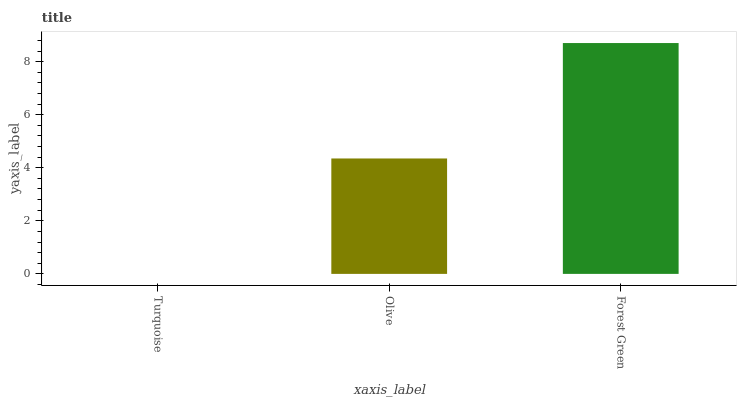
| xaxis_label | bars |
 | --- | --- |
 | Turquoise | 0 |
 | Olive | 4.35 |
 | Forest Green | 8.7 |